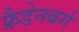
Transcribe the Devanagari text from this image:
फ्रैडेनबर्ग